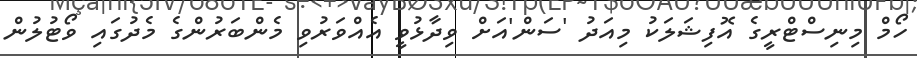
ހޯމް މިނިސްޓްރީގެ އޮފިޝަލަކު މިއަދު 'ސަން'އަށް ވިދާޅުވީ އެއްވަރުވި މެންބަރުންގެ މެދުގައި ވޯޓުލުން